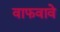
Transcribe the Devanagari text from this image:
वाफवावे